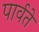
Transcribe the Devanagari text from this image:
पार्वते